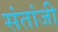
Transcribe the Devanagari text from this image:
संतांजी